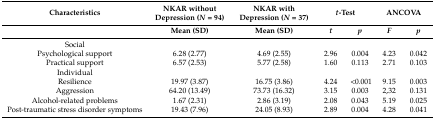
| Characteristics | NKAR without Depression (N = 94) | NKAR with Depression (N = 37) | <COLSPAN=2> t-Test | <COLSPAN=2> ANCOVA |
 |  | Mean (SD) | Mean (SD) | t | p | F | p |
 | --- | --- | --- | --- | --- | --- | --- |
 | Social |  |  |  |  |  |  |
 | Psychological support | 6.28 (2.77) | 4.69 (2.55) | 2.96 | 0.004 | 4.23 | 0.042 |
 | Practical support | 6.57 (2.53) | 5.77 (2.58) | 1.60 | 0.113 | 2.71 | 0.103 |
 | Individual |  |  |  |  |  |  |
 | Resilience | 19.97 (3.87) | 16.75 (3.86) | 4.24 | <0.001 | 9.15 | 0.003 |
 | Aggression | 64.20 (13.49) | 73.73 (16.32) | 3.15 | 0.003 | 2,32 | 0.131 |
 | Alcohol-related problems | 1.67 (2.31) | 2.86 (3.19) | 2.08 | 0.043 | 5.19 | 0.025 |
 | Post-traumatic stress disorder symptoms | 19.43 (7.96) | 24.05 (8.93) | 2.89 | 0.004 | 4.28 | 0.041 |